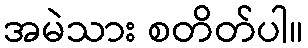
အမဲသား စတိတ်ပါ။